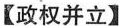
【政权并立】